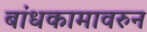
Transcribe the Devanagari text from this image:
बांधकामावरुन